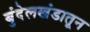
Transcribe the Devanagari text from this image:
बुंदेलखंडातून